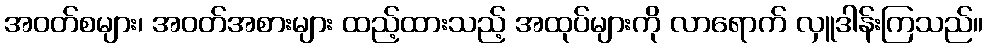
အဝတ်စများ၊ အဝတ်အစားများ ထည့်ထားသည့် အထုပ်များကို လာရောက် လှူဒါန်းကြသည်။